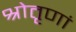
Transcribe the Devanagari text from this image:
श्रोतृणां